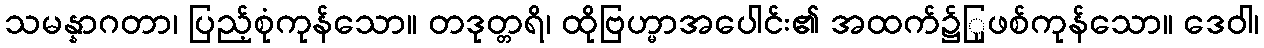
သမန္နာဂတာ၊ ပြည့်စုံကုန်သော။ တဒုတ္တရိ၊ ထိုဗြဟ္မာအပေါင်း၏ အထက်၌ြုဖစ်ကုန်သော။ ဒေဝါ၊